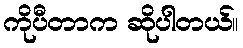
ကိုပီတာက ဆိုပါတယ်။